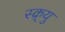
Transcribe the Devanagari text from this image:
स्क्र्यु